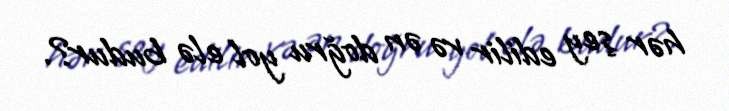
hər şey edilir və ən doğru yol elə budur?.